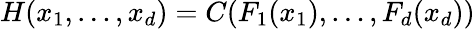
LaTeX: H(x_{1},\dots,x_{d})=C(F_{1}(x_{1}),\dots,F_{d}(x_{d}))